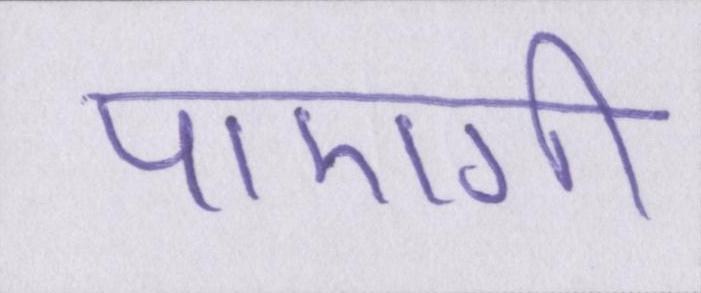
पाएगी